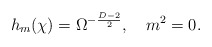
\begin{align*} h_m(\chi)=\Omega^{-\frac{D-2}{2}},\hspace{1em} m^2=0.\end{align*}